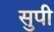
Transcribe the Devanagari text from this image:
सुपी